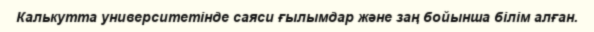
Калькутта университетінде саяси ғылымдар және заң бойынша білім алған.